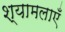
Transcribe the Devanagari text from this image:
श्यामलाएँ